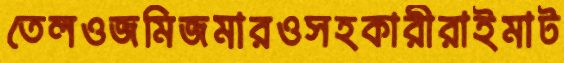
তেলওজমিজমারওসহকারীরাইমাট